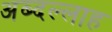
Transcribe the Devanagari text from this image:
अब्दल्लाह